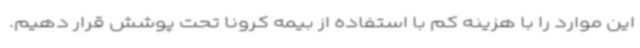
این موارد را با هزینه کم با استفاده از بیمه کرونا تحت پوشش قرار دهیم.